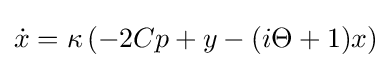
{\dot {x}}=\kappa \left(-2Cp+y-(i\Theta +1)x\right)